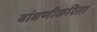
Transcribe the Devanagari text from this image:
बांधणीकरिता